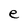
Character: e